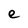
Character: e